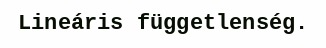
Lineáris függetlenség.